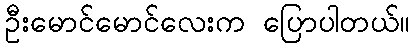
ဦးမောင်မောင်လေးက ပြောပါတယ်။